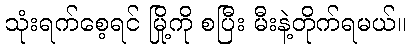
သုံးရက်စေ့ရင် မြို့ကို စပြီး မီးနဲ့တိုက်ရမယ်။